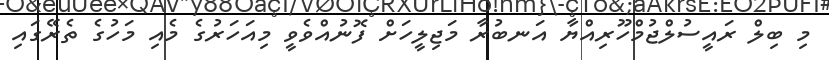
މި ބިލް ރައީސުލްޖުމްހޫރިއްޔާ އަނބުރާ މަޖިލީހަށް ފޮނުއްވެވީ މިއަހަރުގެ މެއި މަހުގެ ތެރޭގައި